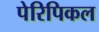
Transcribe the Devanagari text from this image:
पेरिपिकल